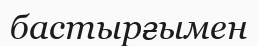
бастырғымен